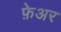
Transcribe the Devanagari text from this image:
फ़ेअर